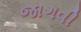
જાગવી